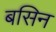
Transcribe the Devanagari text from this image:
बसिन